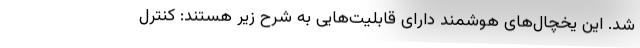
شد. این یخچال‌‌های هوشمند دارای قابلیت‌‌هایی به شرح زیر هستند: کنترل